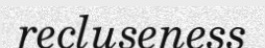
recluseness